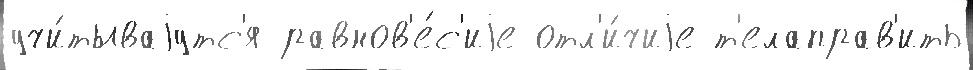
учи́тываjутс'я равнов'е́с'иjе отл'и́чиjе т'елаправ'ить